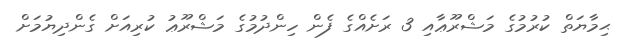
ޙިމާޔަތް ކުރުމުގެ މަޝްރޫޢާއި 3 ރަށެއްގެ ފެން ހިންދުމުގެ މަޝްރޫޢު ކުރިއަށް ގެންދިޔުމަށް